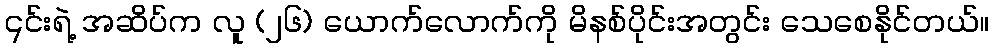
၎င်းရဲ့ အဆိပ်က လူ (၂၆) ယောက်လောက်ကို မိနစ်ပိုင်းအတွင်း သေစေနိုင်တယ်။